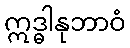
ဣဒ္ဓါနုဘာဝံ